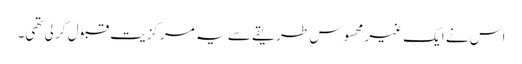
اس نے ایک غیر محسوس طریقے سے یہ مرکزیت قبول کر لی تھی۔